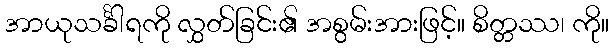
အာယုသင်္ခါရကို လွှတ်ခြင်း၏ အစွမ်းအားဖြင့်။ စိတ္တဿ၊ ကို။